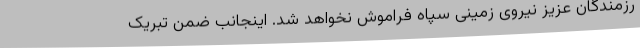
رزمندگان عزیز نیروی زمینی سپاه فراموش نخواهد شد. اینجانب ضمن تبریک